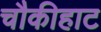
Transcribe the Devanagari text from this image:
चौकीहाट